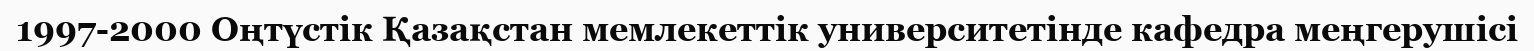
1997-2000 Оңтүстік Қазақстан мемлекеттік университетінде кафедра меңгерушісі